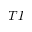
T I